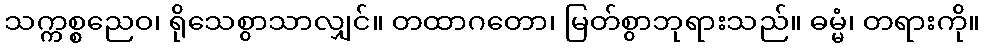
သက္ကစ္စညေဝ၊ ရိုသေစွာသာလျှင်။ တထာဂတော၊ မြတ်စွာဘုရားသည်။ ဓမ္မံ၊ တရားကို။